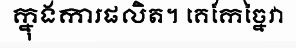
ក្នុងការផលិត។ គេកែច្នៃវា